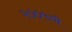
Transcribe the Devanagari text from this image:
२००५ची